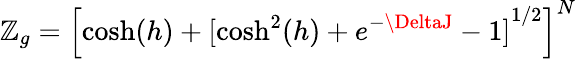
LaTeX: \mathbb{Z}_{g}={\left[\cosh(h)+[{\cosh^{2}(h)+e^{-\DeltaJ}-1]}^{1/2}\right]}^{N}